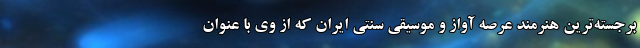
برجسته‌ترین هنرمند عرصه آواز و موسیقی سنتی ایران که از وی با عنوان